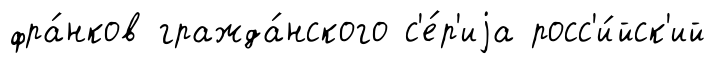
фра́нков гражда́нского с'е́р'иjа росс'и́йск'ий